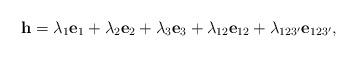
LaTeX: \begin{align*}\mathbf{h}=\lambda_{1}\mathbf{e}_1+\lambda_{2}\mathbf{e}_2+\lambda_{3}\mathbf{e}_3+\lambda_{12}\mathbf{e}_{12}+\lambda_{123'}\mathbf{e}_{123'},\end{align*}